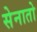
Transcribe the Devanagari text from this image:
सेनातो